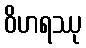
ဝိဟရဿု